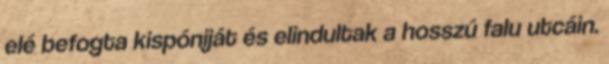
elé befogta kispóniját és elindultak a hosszú falu utcáin.